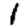
Digit: 1